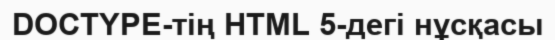
DOCTYPE-тің HTML 5-дегі нұсқасы